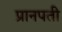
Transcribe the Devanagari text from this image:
प्रानपती